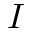
I